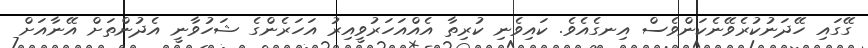
ގޭގައި ހޭދަނުކުރެވޭނެކަންވެސް އިނގެއެވެ. ކައިވެނި ކުރިތާ އެެއްއަހަރުވީއިރު އަހަރެންގެ ޝަހުވާނީ އެދުންތަށް އޭނާއަށް